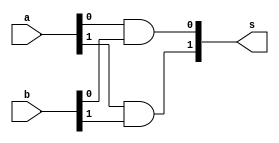
// --------------------------------------
// Exemplo0033 - andOR nandNOR
// Nome:Alvaro Henrique de Araujo Rungue
// --------------------------------------


module and2bit(output [1:0] s , input [1:0] a , input [1:0] b);

and AND0(s[0],a[0],b[0]); 
and AND1(s[1],a[1],b[1]);

endmodule //--fim and2Bit



module or2bit(output [1:0] s , input [1:0] a , input [1:0] b);

or OR0(s[0],a[0],b[0]); 
or OR1(s[1],a[1],b[1]);

endmodule //--fim or2Bit



module not2bit(output [1:0] s , input [1:0] a);

not NOT0( s[0] , a[0] );
not NOT1( s[1] , a[1] );

endmodule //-- Fim not2bit



// ------------------------- 
// andOR 
// ------------------------- 

module andOR ( output [1:0] s1 , output [1:0] s2 , input [1:0] a , input [1:0] b);
 
//-- and para os bits - saida s1
and AND0(s1[0],a[0],b[0]); 
and AND1(s1[1],a[1],b[1]);

//-- or para os bits - saida s2
or OR0(s2[0],a[0],b[0]); 
or OR1(s2[1],a[1],b[1]);

endmodule //-- andOR

// ------------------------- 
// nandNOR 
// ------------------------- 

module nandNOR ( output [1:0] s1 , output [1:0] s2 , input [1:0] a , input [1:0] b);
 
//-- and para os bits - saida s1
nand NAND0(s1[0],a[0],b[0]); 
nand NAND1(s1[1],a[1],b[1]);

//-- or para os bits - saida s2
nor NOR0(s2[0],a[0],b[0]); 
nor NOR1(s2[1],a[1],b[1]);

endmodule //-- nandNOR



//-------------------------------------------------------------------------------------------------------------------------------------------------------------------



// ------------------------- 
// Seletor
// ------------------------- 

module seletor( output [1:0] s1 , output [1:0] s2 , input[1:0] flag, input [1:0] a , input [1:0] b );

//--primeira parte seletor

//--saida andOR

wire [1:0]tmpAND1;//-- saida AND
wire [1:0]tmpOR1;//-- saida OR

andOR ANDOR( tmpAND1 , tmpOR1 , a , b );

//-- saida nandNOR

wire [1:0]tmpNAND1;//-- saida NAND
wire [1:0]tmpNOR1;//-- saida NOR

nandNOR NANDNOR( tmpNAND1 , tmpNOR1 , a , b );

//--operacoes com Flag
wire [1:0] st1;
wire [1:0] st2;
wire [1:0] st3;
wire [1:0] st4;

and2bit AND1( st1 , tmpAND1 , ~flag );
and2bit AND2( st2 , tmpOR1 , ~flag );
and2bit AND3( st3 , tmpNAND1 , flag );
and2bit AND4( st4 , tmpNOR1 , flag );

//--Saidas
or2bit OR1( s1 , st1 , st3 ); //-- saida AND ou NAND
or2bit OR2( s2 , st2 , st4 ); //-- saida OR ou NOR


endmodule //--seletor


//-------------------------------------------------------------------------------------------------------------------------------------------------------------------------------------------

module teste; 

// ------------------------- definir dados
reg [1:0] x; //-- x vai ser o a no teste
reg [1:0] y; //-- y vai ser o b no teste
reg [1:0] flag;
wire [1:0] s1; //-- saida AND ou NAND
wire [1:0] s2; //-- saida OR ou NOR
seletor andNANDorNOR ( s1 , s2 , flag , x , y); 

// ------------------------- parte principal 

initial begin 

$display("Exemplo0033 - Alvaro Henrique de Araujo Rungue - 395487"); 
$display("\nTest LU's module and ou NAND / or ou NOR:"); 

//-- projetar testes do modulo com flag 00
x = 2'b00; y = 2'b00; flag = 2'b00; 
$display("\nFlag = 0:");
#1 $display("x ,	y ,	Flag ,	Saida AND ou NAND , Saida OR ou NOR:");
#1 $monitor("%2b	%2b	%2b	%2b		    %2b ", x , y , flag , s1 , s2);

#1 x = 2'b00; y = 2'b01; flag = 2'b00;
#1 x = 2'b00; y = 2'b10; flag = 2'b00;
#1 x = 2'b00; y = 2'b11; flag = 2'b00;
#1 $display("\n");
#1 x = 2'b01; y = 2'b00; flag = 2'b00;
#1 x = 2'b01; y = 2'b01; flag = 2'b00;
#1 x = 2'b01; y = 2'b10; flag = 2'b00;
#1 x = 2'b01; y = 2'b11; flag = 2'b00;
#1 $display("\n");
#1 x = 2'b10; y = 2'b00; flag = 2'b00;
#1 x = 2'b10; y = 2'b01; flag = 2'b00;
#1 x = 2'b10; y = 2'b10; flag = 2'b00;
#1 x = 2'b10; y = 2'b11; flag = 2'b00;
#1 $display("\n");
#1 x = 2'b11; y = 2'b00; flag = 2'b00;
#1 x = 2'b11; y = 2'b01; flag = 2'b00;
#1 x = 2'b11; y = 2'b10; flag = 2'b00;
#1 x = 2'b11; y = 2'b11; flag = 2'b00;

//-- projetar testes do modulo com flag 11
#1 $display("\nFlag = 1:");
#1 $display("x ,	y ,	Flag ,	Saida AND ou NAND , Saida OR ou NOR:");

#1 x = 2'b00; y = 2'b00; flag = 2'b11; 
//--#1 $monitor("%2b	%2b	%2b	%2b", x , y , flag , s);
#1 x = 2'b00; y = 2'b01; flag = 2'b11;
#1 x = 2'b00; y = 2'b10; flag = 2'b11;
#1 x = 2'b00; y = 2'b11; flag = 2'b11;
#1 $display("\n");
#1 x = 2'b11; y = 2'b00; flag = 2'b11;
#1 x = 2'b11; y = 2'b01; flag = 2'b11;
#1 x = 2'b11; y = 2'b10; flag = 2'b11;
#1 x = 2'b11; y = 2'b11; flag = 2'b11;
#1 $display("\n");
#1 x = 2'b01; y = 2'b00; flag = 2'b11;
#1 x = 2'b01; y = 2'b01; flag = 2'b11;
#1 x = 2'b01; y = 2'b10; flag = 2'b11;
#1 x = 2'b01; y = 2'b11; flag = 2'b11;
#1 $display("\n");
#1 x = 2'b10; y = 2'b00; flag = 2'b11;
#1 x = 2'b10; y = 2'b01; flag = 2'b11;
#1 x = 2'b10; y = 2'b10; flag = 2'b11;
#1 x = 2'b10; y = 2'b11; flag = 2'b11;

end 

endmodule //-- f4comSelecao